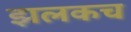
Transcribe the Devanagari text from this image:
झलकच